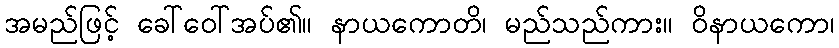
အမည်ဖြင့် ခေါ်ဝေါ်အပ်၏။ နာယကောတိ၊ မည်သည်ကား။ ဝိနာယကော၊